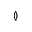
\between